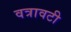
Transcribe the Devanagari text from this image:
वत्रावटी